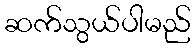
ဆက်သွယ်ပါမည်